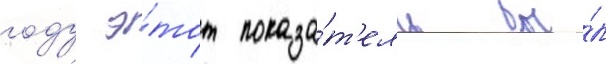
году э́тот показа́т'ель бы́л